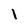
Character: 1